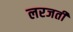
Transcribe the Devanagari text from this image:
लरजती